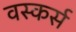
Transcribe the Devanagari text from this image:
वस्कर्स